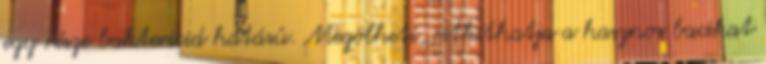
egy része baktericid hatású. Megölheti, ritkíthatja a hasznos bacikat